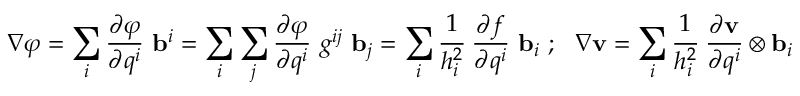
\nabla \varphi = \sum _ { i } { \frac { \partial \varphi } { \partial q ^ { i } } } ~ \mathbf { b } ^ { i } = \sum _ { i } \sum _ { j } { \frac { \partial \varphi } { \partial q ^ { i } } } ~ g ^ { i j } ~ \mathbf { b } _ { j } = \sum _ { i } { \cfrac { 1 } { h _ { i } ^ { 2 } } } ~ { \frac { \partial f } { \partial q ^ { i } } } ~ \mathbf { b } _ { i } ~ ; ~ ~ \nabla \mathbf { v } = \sum _ { i } { \cfrac { 1 } { h _ { i } ^ { 2 } } } ~ { \frac { \partial \mathbf { v } } { \partial q ^ { i } } } \otimes \mathbf { b } _ { i }